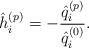
LaTeX: \begin{align*} \hat{h}_{i}^{( p )} = - \frac{\hat{q}_{i}^{( p )}}{\hat{q}_{i}^{( 0 )}}. \end{align*}